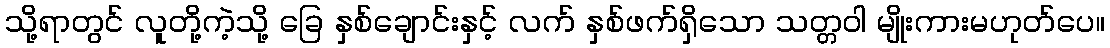
သို့ရာတွင် လူတို့ကဲ့သို့ ခြေ နှစ်ချောင်းနှင့် လက် နှစ်ဖက်ရှိသော သတ္တဝါ မျိုးကားမဟုတ်ပေ။